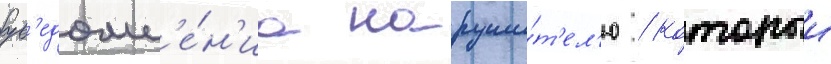
ув'едомл'е́н'иа наруши́т'ел'ю / которыи